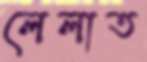
লেলাত